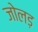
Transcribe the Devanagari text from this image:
जोलड़